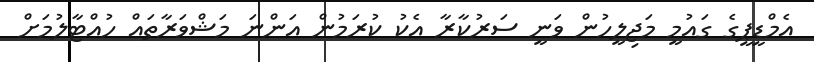
އެމްޑީޕީގެ ގައުމީ މަޖިލީހުން ވަނީ ސަރުކާރާ އެކު ކުރަމުން އަންނަ މަޝްވަރާތައް ހުއްޓާލުމަށް